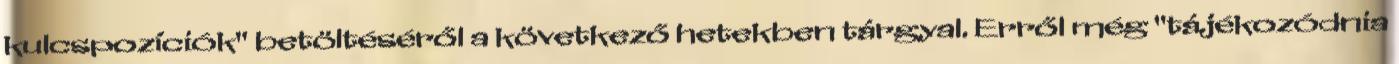
kulcspozíciók" betöltéséről a következő hetekben tárgyal. Erről még "tájékozódnia